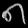
Digit: ၈